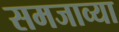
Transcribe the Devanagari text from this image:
समजाव्या